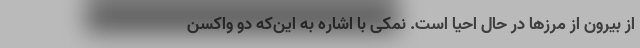
از بیرون از مرزها در حال احیا است. نمکی با اشاره به این‌که دو واکسن